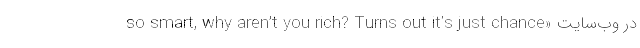
so smart, why aren’t you rich? Turns out it’s just chance» در وب‌سایت